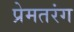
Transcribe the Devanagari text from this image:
प्रेमतरंग